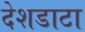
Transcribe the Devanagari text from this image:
देशडाटा